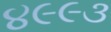
૪૯૯૩